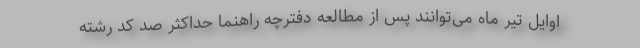
اوایل تیر ماه می‌توانند پس از مطالعه دفترچه راهنما حداکثر صد کد رشته